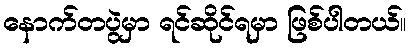
နောက်တပွဲမှာ ရင်ဆိုင်ရမှာ ဖြစ်ပါတယ်။